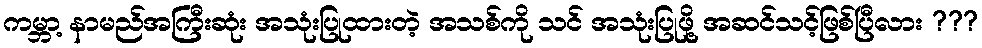
ကမ္ဘာ့ နာမည်အကြီးဆုံး အသုံးပြုထားတဲ့ အသစ်ကို သင် အသုံးပြုဖို့ အဆင်သင့်ဖြစ်ပြီလား ???